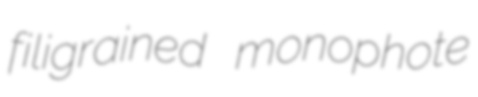
filigrained monophote